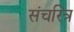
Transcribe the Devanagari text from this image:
संचरित्र